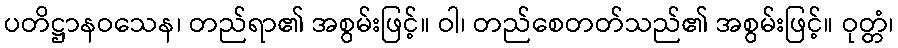
ပတိဋ္ဌာနဝသေန၊ တည်ရာ၏ အစွမ်းဖြင့်။ ဝါ၊ တည်စေတတ်သည်၏ အစွမ်းဖြင့်။ ဝုတ္တံ၊